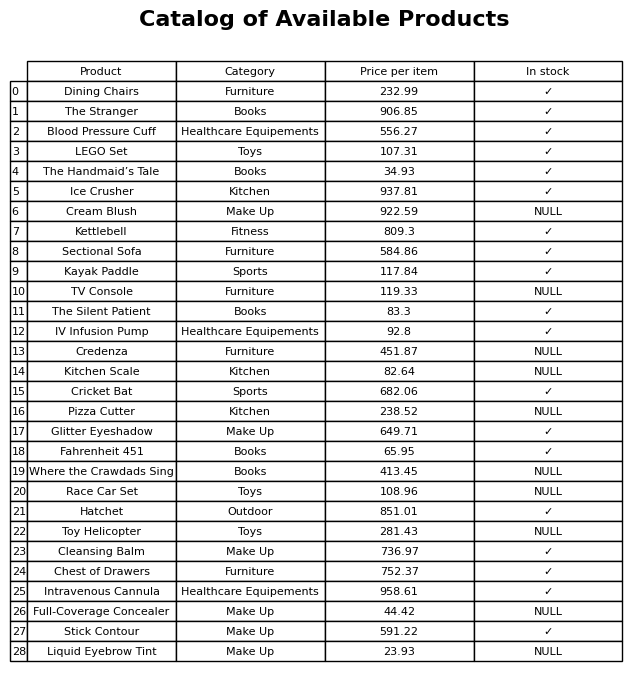
question: What is the price for Race Car Set?
answer: The price of Race Car Set is 108.96.